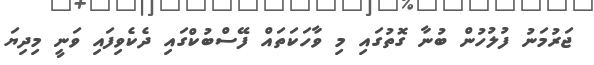
ޖަރުމަނު ފުލުހުން ބުނާ ގޮތުގައި މި ވާހަކަތައް ފޭސްބުކްގައި ދެކެވިފައި ވަނީ މިދިޔަ